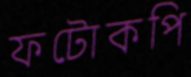
ফটোকপি